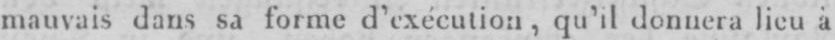
mauvais dans sa forme arrivassent qu’il donnera lieu à